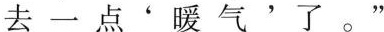
去一点‘暖气’了。"